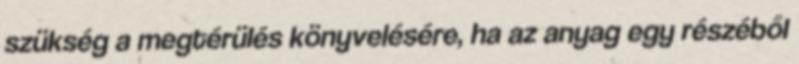
szükség a megtérülés könyvelésére, ha az anyag egy részéből